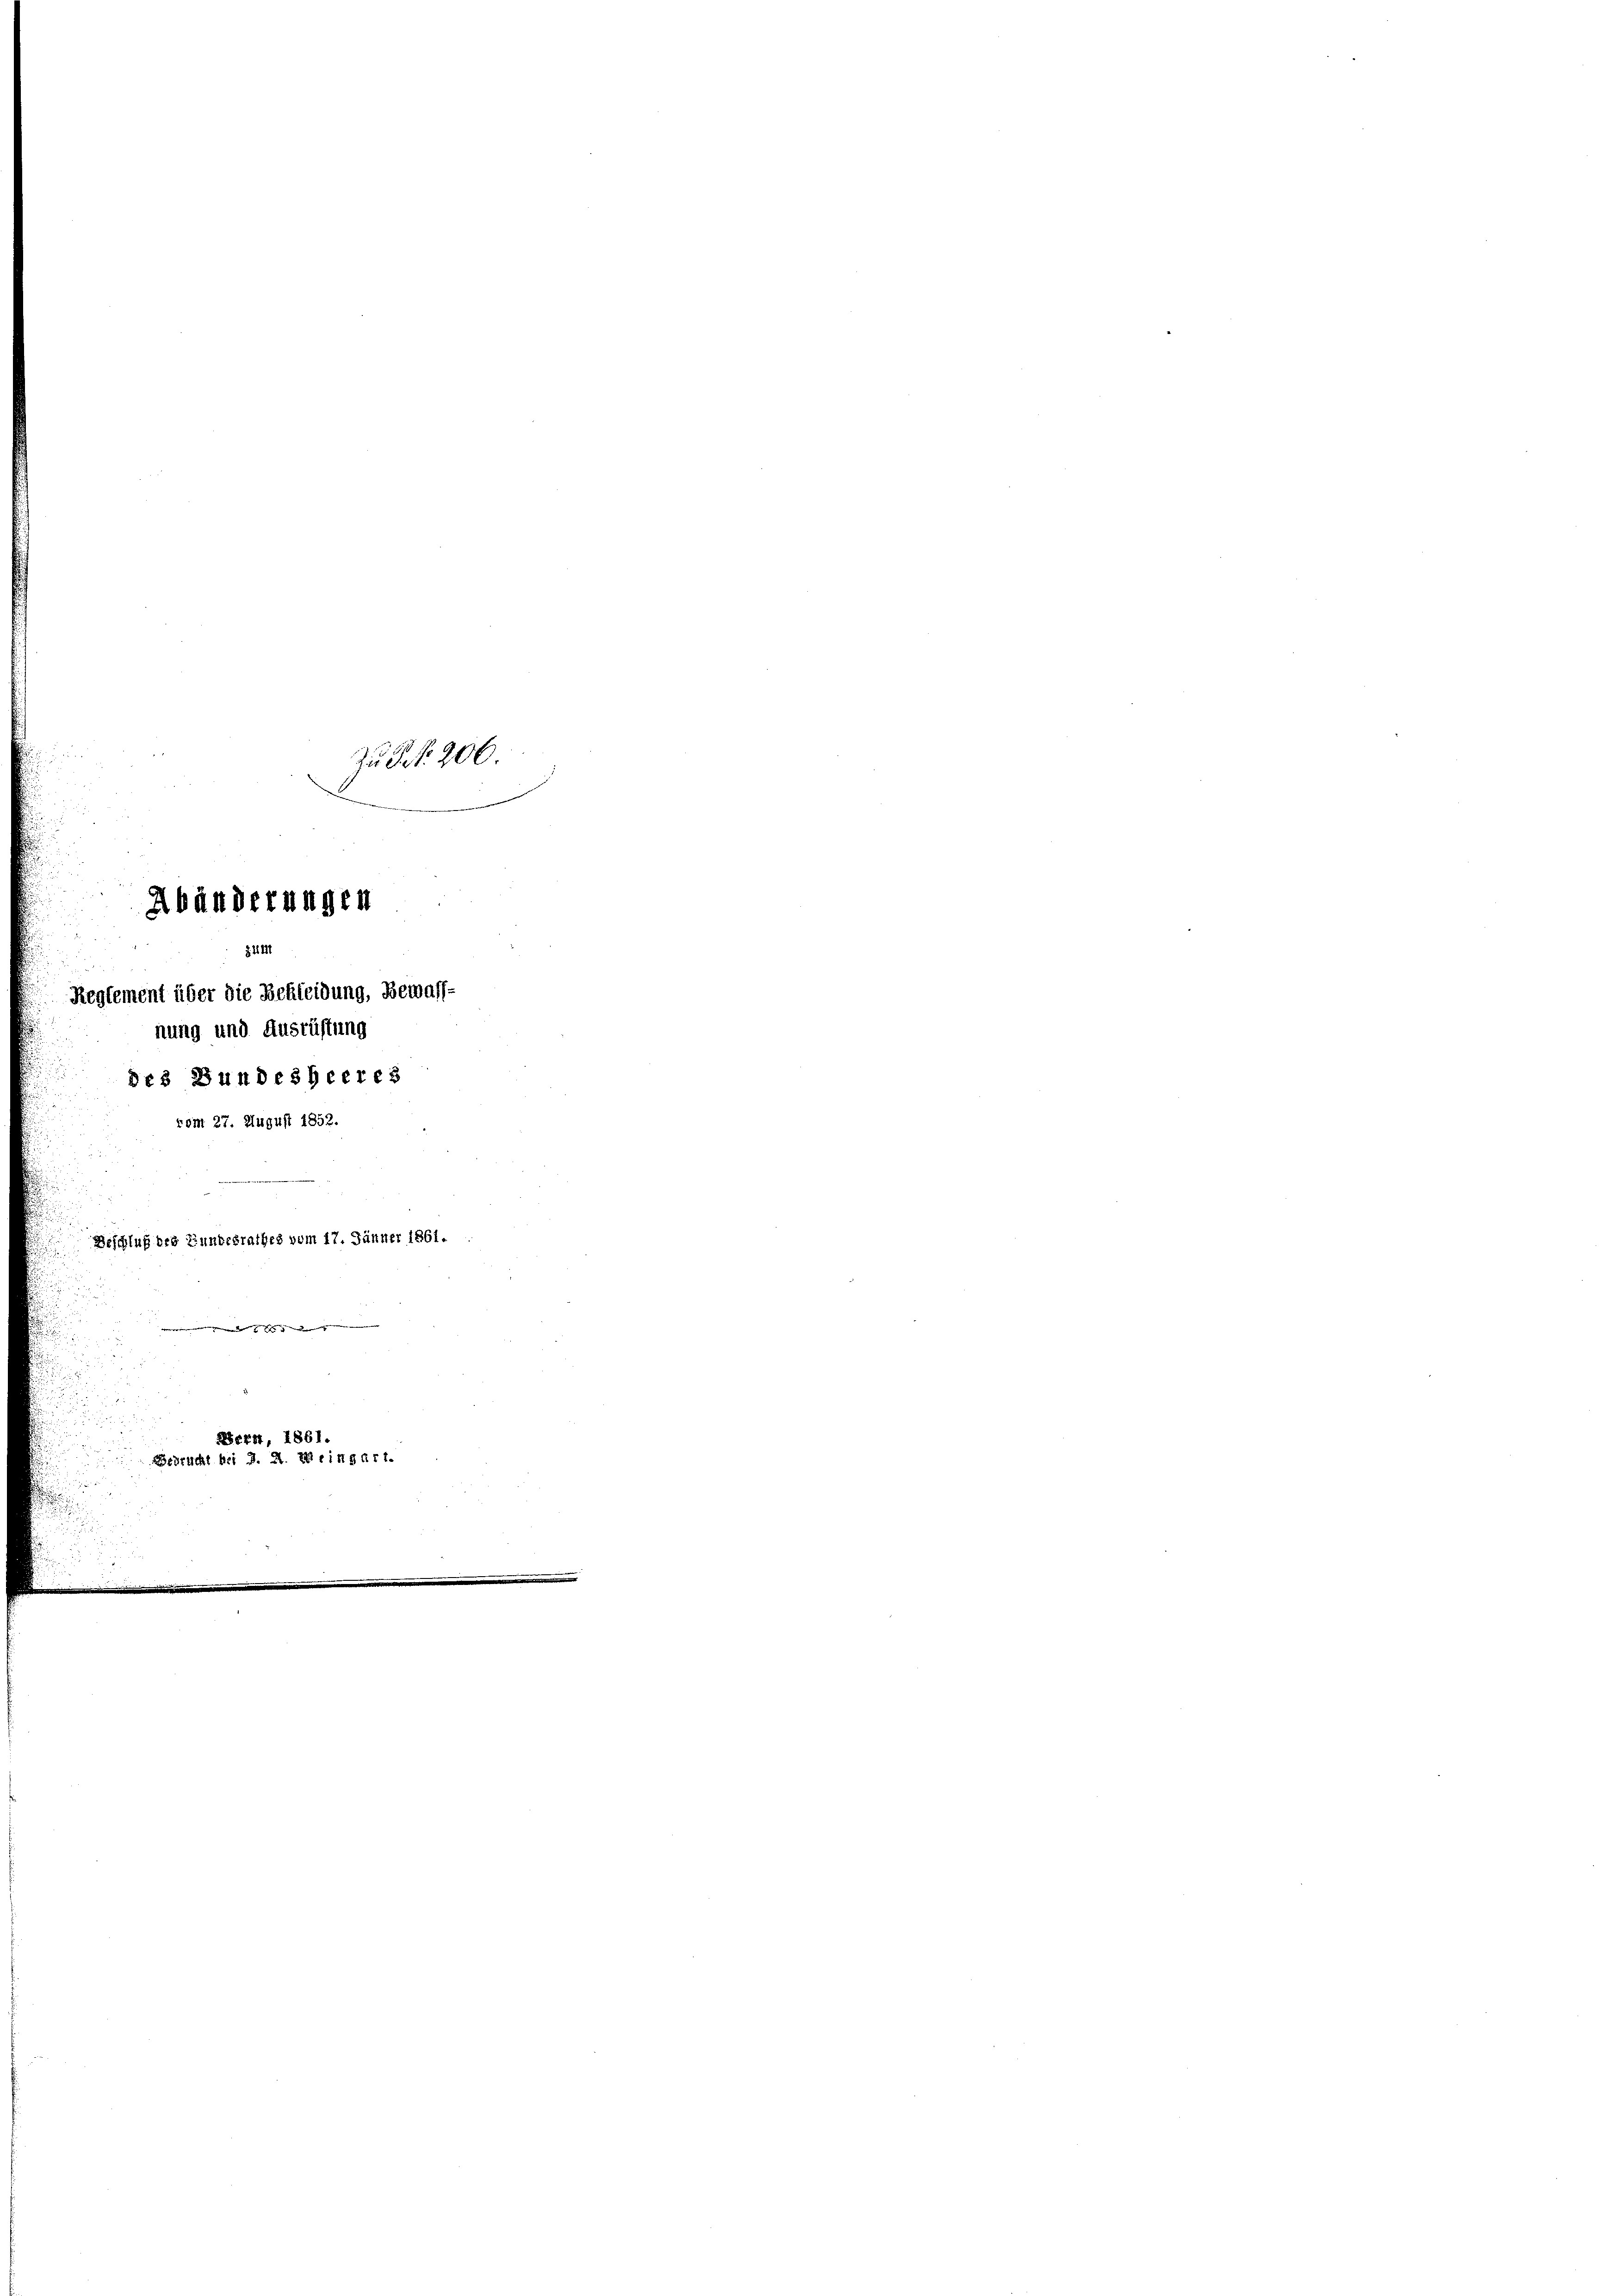
Zu Frk. 206
1
Abänderungen
Reglement über die Bekleidung, Bewach-
nung und Ausrüstung
de 3 Bundesheeres
vom 27. August 1852.
Beschluß des Innbegrathes vom 17. Jänner 1861.
.
Bern, 1861
Ersucht bei J. H. Weins Art.